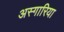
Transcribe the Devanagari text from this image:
अस्गारिया